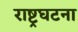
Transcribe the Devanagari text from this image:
राष्ट्रघटना